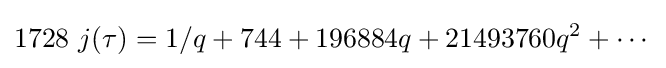
1728{\text{ }}j(\tau )=1/q+744+196884q+21493760q^{2}+\cdots